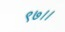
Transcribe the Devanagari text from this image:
९७।।